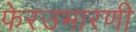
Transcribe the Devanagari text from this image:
फेरउभारणी